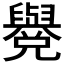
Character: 𦦳